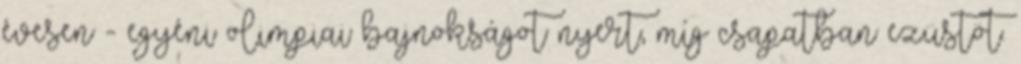
évesen - egyéni olimpiai bajnokságot nyert, míg csapatban ezüstöt.